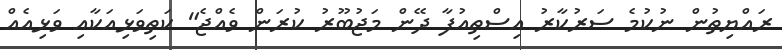
ރައްޔިތުން ނުކުމެ ސަރުކާރު އިސްތިއުފާ ދޭން މަޖުބޫރު ކުރަން ވެއްޖެ" ކަތިވަޅިއަކާއި ވަޅިއެއް